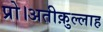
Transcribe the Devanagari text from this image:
प्रो।अतीक़ुल्लाह